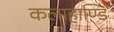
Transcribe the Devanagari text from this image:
कलाहाण्डि